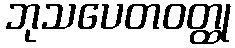
ဘုသပေတဝတ္ထု